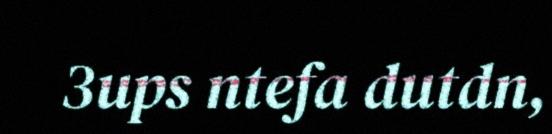
3ups ntefa dutdn,